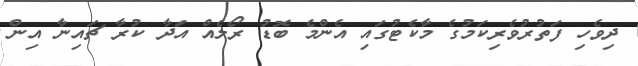
ދިވެހި ފަތުރުވެރިކަމުގެ މާކެޓުގައި އެންމެ ބޮޑު ރޯލެއް އަދާ ކުރާ ޗައިނާ އިން